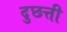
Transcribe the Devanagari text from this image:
दुछत्ती